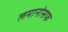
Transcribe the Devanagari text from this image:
लमानोसफ